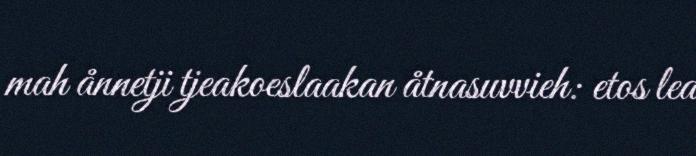
mah ånnetji tjeakoeslaakan åtnasuvvieh: etos lea